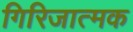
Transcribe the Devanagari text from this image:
गिरिजात्मक